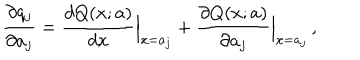
LaTeX: { \frac { \partial q _ { j } } { \partial a _ { j } } } = { \frac { d Q ( x ; a ) } { d x } } \Bigr \vert _ { x = a _ { j } } + { \frac { \partial Q ( x ; a ) } { \partial a _ { j } } } \Bigr \vert _ { x = a _ { j } } \, ,